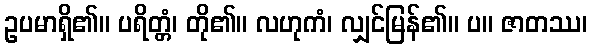
ဥပမာရှိ၏။ ပရိတ္တံ၊ တို၏။ လဟုကံ၊ လျှင်မြန်၏။ ပ။ ဇာတဿ၊